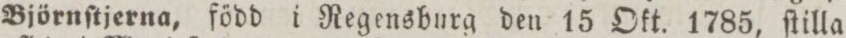
Björnſtjerna, född i Regensburg den 15 Okt. 1785, ſtilla